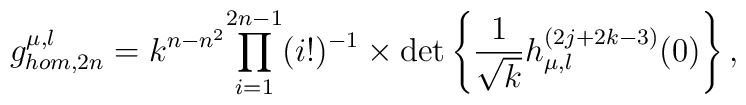
g^{\mu,\l}_{hom,2n}= k^{n-n^2}{\prod_{i=1}^{2n-1}(i!)^{-1}}\times\det\left\{\frac{1}{\sqrt{k}}h_{\mu,\l}^{(2j+2k-3)}(0)\right\},